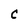
Character: C